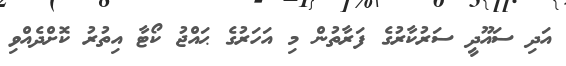
އަދި ސައޫދީ ސަރުކާރުގެ ފަރާތުން މި އަހަރުގެ ޙައްޖު ކޯޓާ އިތުރު ކޮށްދެއްވި